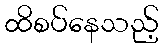
ထိစပ်နေသည့်